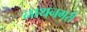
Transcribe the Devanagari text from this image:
नाथनगरी